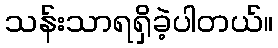
သန်းသာရရှိခဲ့ပါတယ်။